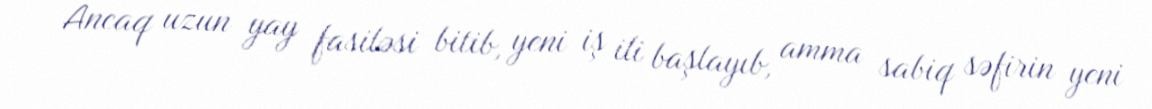
Ancaq uzun yay fasiləsi bitib, yeni iş ili başlayıb, amma sabiq səfirin yeni